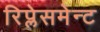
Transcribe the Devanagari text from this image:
रिप्लेसमेन्ट